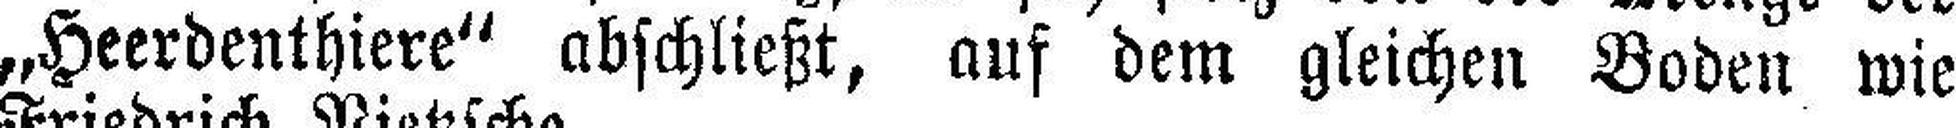
„Heerdenthiere" abschließt, auf dem gleichen Boden wie